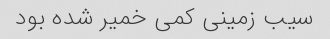
سیب زمینی کمی خمیر شده بود